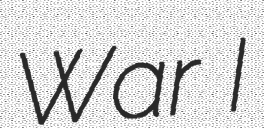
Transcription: War I